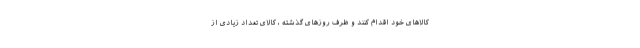
کالاهای خود اقدام کنند و ظرف روزهای گذشته ، کالای تعداد زیادی از